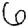
Digit: 6